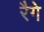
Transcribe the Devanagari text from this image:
रैगे